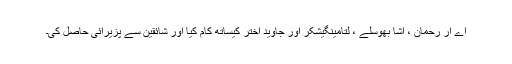
اے آر رحمان ، آشا بھوسلے ، لتامینگیشکر اور جاوید اختر کیساتھ کام کیا اور شائقین سے پزیرائی حاصل کی۔